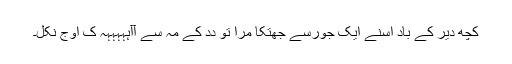
کُچھ دیر کے باد اُسنے ایک جورسے جھتکا مرا تو دِدِ کے مُہ سے آآّہّہّہّہّہّہ کِ اَوج نِکلِ۔